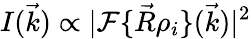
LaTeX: I(\vec{k})\propto|\mathcal F\{ \vec{R}\rho_{i}\} (\vec{k})|^{2}